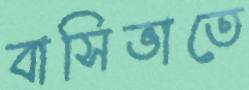
বাসিভাতে